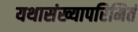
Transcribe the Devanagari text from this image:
यथासंख्यापरिमितं